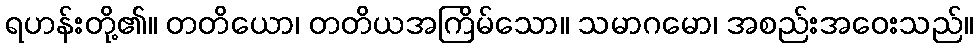
ရဟန်းတို့၏။ တတိယော၊ တတိယအကြိမ်သော။ သမာဂမော၊ အစည်းအဝေးသည်။